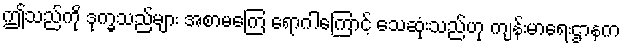
ဤသည်ကို ဒုက္ခသည်များ အစာမကြေ ရောဂါကြောင့် သေဆုံးသည်ဟု ကျန်းမာရေးဌာနက